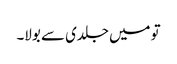
تو میں جلدی سے بولا۔